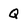
Character: q